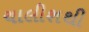
ચાલીશથી